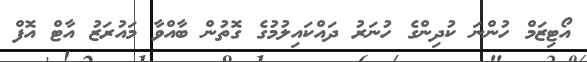
އޯޓިޒަމް ހުންނަ ކުދިންގެ ހުނަރު ދައްކައިލުމުގެ ގޮތުން ބާއްވާ މައުރަޒު އާޓް އޮފް